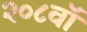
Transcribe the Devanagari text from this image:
२०८वॉ